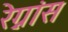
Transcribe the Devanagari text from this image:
रेग्नांस